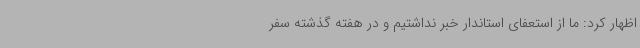
اظهار کرد: ما از استعفای استاندار خبر نداشتیم و در هفته گذشته سفر